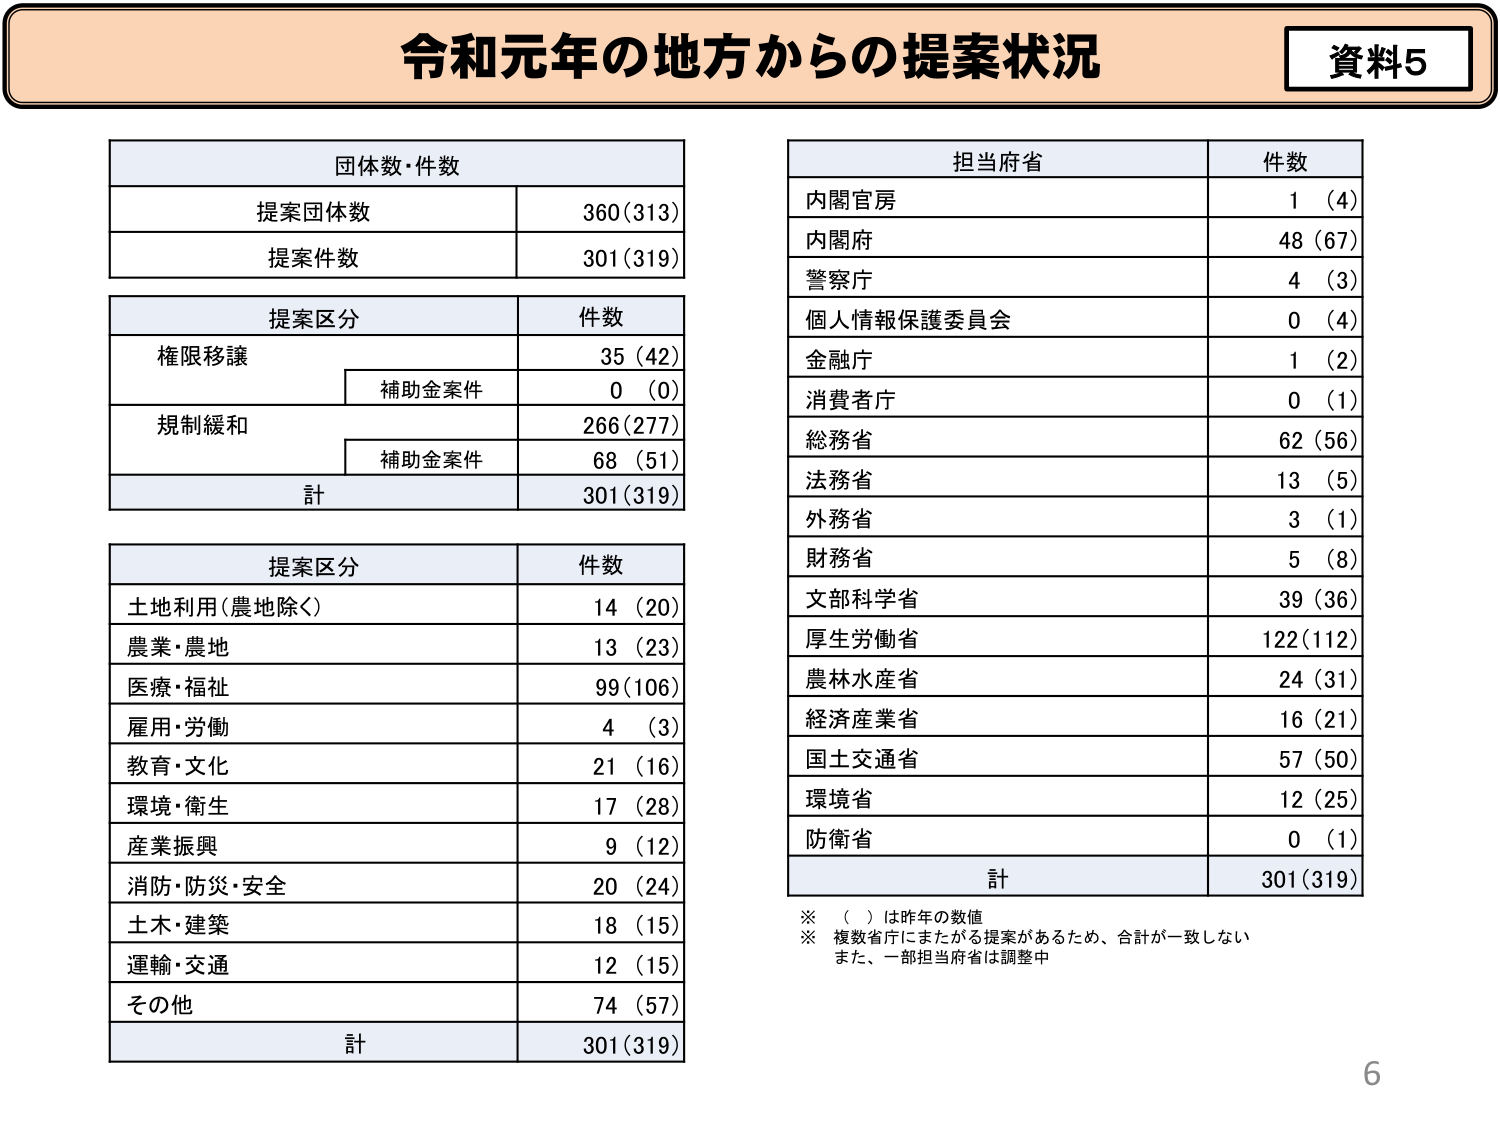
令和元年の地方からの提案状況
資料5

団体数・件数
提案団体数 360(313)
提案件数 301(319)

提案区分 件数
権限移譲 35(42)
　補助金案件 0(0)
規制緩和 266(277)
　補助金案件 68(51)
計 301(319)

提案区分 件数
土地利用(農地除く) 14(20)
農業・農地 13(23)
医療・福祉 99(106)
雇用・労働 4(3)
教育・文化 21(16)
環境・衛生 17(28)
産業振興 9(12)
消防・防災・安全 20(24)
土木・建築 18(15)
運輸・交通 12(15)
その他 74(57)
計 301(319)

担当府省 件数
内閣官房 1(4)
内閣府 48(67)
警察庁 4(3)
個人情報保護委員会 0(4)
金融庁 1(2)
消費者庁 0(1)
総務省 62(56)
法務省 13(5)
外務省 3(1)
財務省 5(8)
文部科学省 39(36)
厚生労働省 122(112)
農林水産省 24(31)
経済産業省 16(21)
国土交通省 57(50)
環境省 12(25)
防衛省 0(1)
計 301(319)

※（ ）は昨年の数値
※複数省庁にまたがる提案があるため、合計が一致しない
　また、一部担当府省は調整中

6